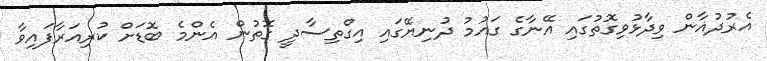
އެރުދުޣާން ވިދާޅުވިގޮތުގައި އޭނާގެ ގައުމު ދުނިޔޭގައި އިގްތިސާދީ ގޮތުން އެންމެ ބޮޑަށް ކުރިއަރާފައިވާ